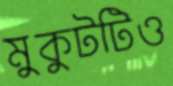
মুকুটটিও